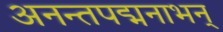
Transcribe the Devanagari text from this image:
अनन्तपद्मनाभन्